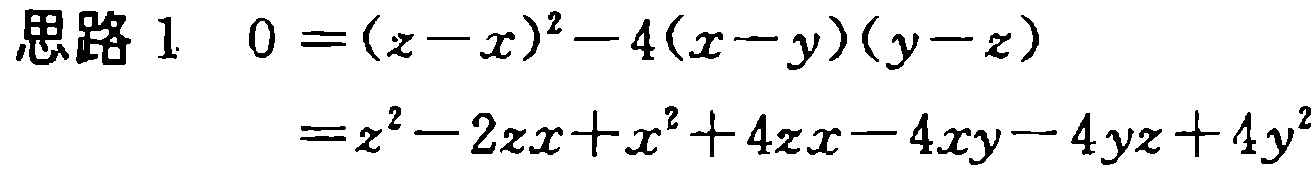
\begin{align*}
\text{思路 1}\quad 0&=(z - x)^2-4(x - y)(y - z)\\
&=z^2-2zx + x^2+4zx-4xy - 4yz + 4y^2
\end{align*}